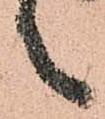
之